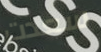
سعدت